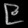
Digit: ၉